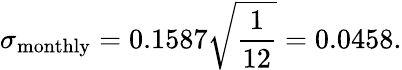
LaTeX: \sigma_{\mathrm{monthly}}=0.1587{\sqrt{\frac{1}{12}}}=0.0458.